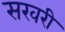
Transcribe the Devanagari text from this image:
सरवरी